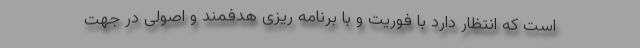
است که انتظار دارد با فوریت و با برنامه ریزی هدفمند و اصولی در جهت